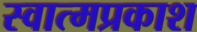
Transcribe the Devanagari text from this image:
स्वात्मप्रकाश